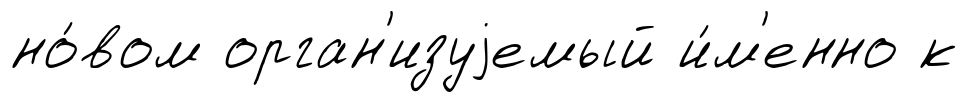
но́вом орган'изуjемый и́м'енно к